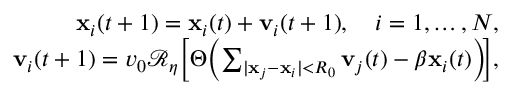
\begin{array} { r l r } & { } & { \mathbf { x } _ { i } ( t + 1 ) = \mathbf { x } _ { i } ( t ) + \mathbf { v } _ { i } ( t + 1 ) , \quad i = 1 , \ldots , N , } \\ & { } & { \mathbf { v } _ { i } ( t + 1 ) = v _ { 0 } \mathcal { R } _ { \eta } \! \left[ \Theta \! \left( \sum _ { | \mathbf { x } _ { j } - \mathbf { x } _ { i } | < R _ { 0 } } \mathbf { v } _ { j } ( t ) - \beta \mathbf { x } _ { i } ( t ) \right) \! \right] \! , } \end{array}